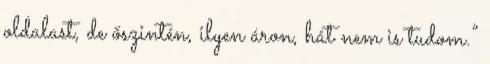
oldalast, de őszintén, ilyen áron, hát nem is tudom.”